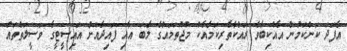
އެފަދަ ކަންކަމުން އެއްކިބާވެ ރައްކާތެރިކަމާއެކު މުޖުތަމައުގެ ލާބަ އާއި ފައިދާއަށް އައިސީޓީގެ ވަސީލަތްތައް